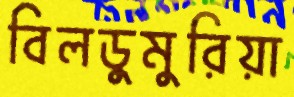
বিলডুমুরিয়া